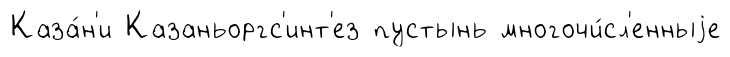
Каза́н'и Казаньоргс'инт'ез пустынь многочи́сл'енныjе